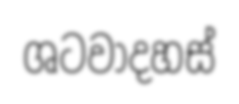
ශටවාදහස්